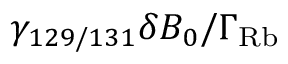
\gamma _ { 1 2 9 / 1 3 1 } \delta B _ { 0 } / \Gamma _ { \mathrm { R b } }